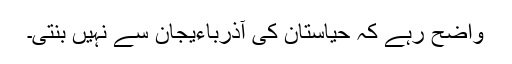
واضح رہے کہ حیاستان کی آذرباءیجان سے نہیں بنتی۔